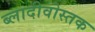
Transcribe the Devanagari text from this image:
ब्लादीवोस्तक